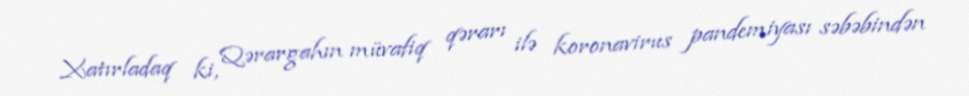
Xatırladaq ki, Qərargahın müvafiq qərarı ilə koronavirus pandemiyası səbəbindən